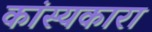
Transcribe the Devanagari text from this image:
कांस्यकारा